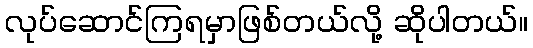
လုပ်ဆောင်ကြရမှာဖြစ်တယ်လို့ ဆိုပါတယ်။